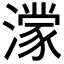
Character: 𪷟